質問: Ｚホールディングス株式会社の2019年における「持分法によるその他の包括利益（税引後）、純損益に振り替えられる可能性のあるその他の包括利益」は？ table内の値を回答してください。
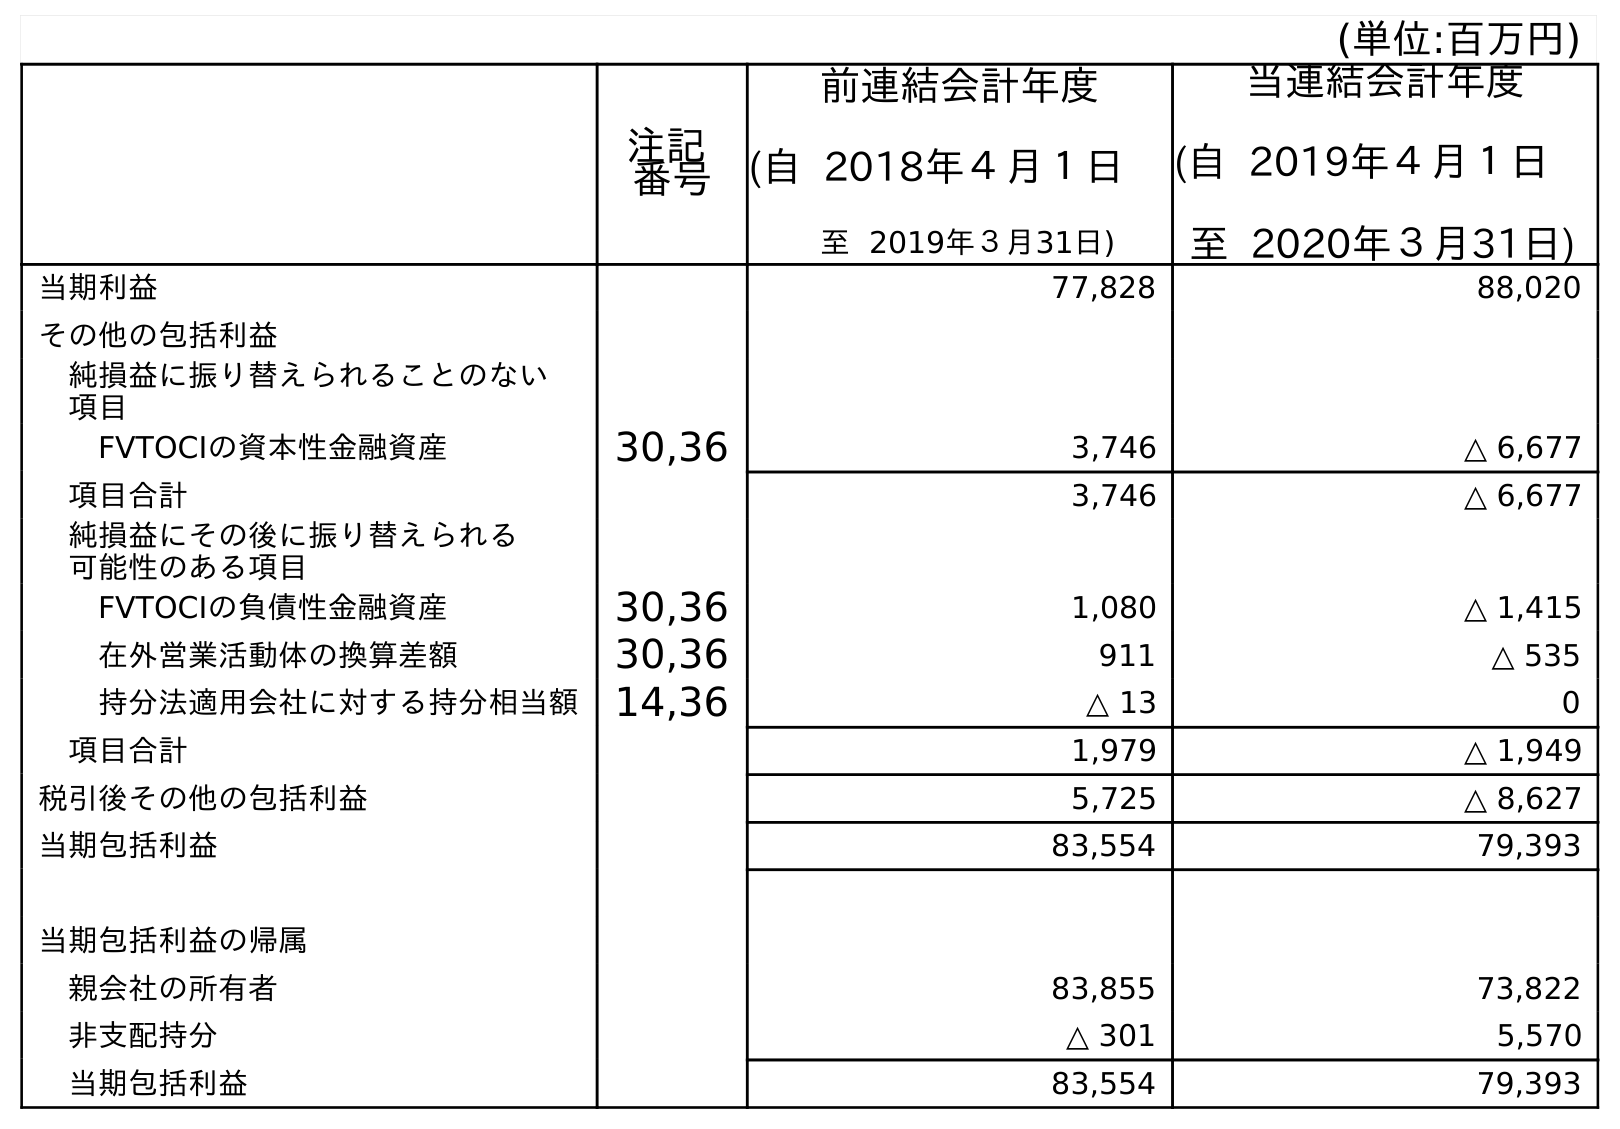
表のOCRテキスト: (単位:百万円) 注記 番号 前連結会計年度 (自 2018年４月１日 至 2019年３月31日) 当連結会計年度 (自 2019年４月１日 至 2020年３月31日) 当期利益 77,828 88,020 その他の包括利益 純損益に振り替えられることのない 項目 FVTOCIの資本性金融資産 30,36 3,746 △ 6,677 項目合計 3,746 △ 6,677 純損益にその後に振り替えられる 可能性のある項目 FVTOCIの負債性金融資産 30,36 1,080 △ 1,415 在外営業活動体の換算差額 30,36 911 △ 535 持分法適用会社に対する持分相当額 14,36 △ 13 0 項目合計 1,979 △ 1,949 税引後その他の包括利益 5,725 △ 8,627 当期包括利益 83,554 79,393 当期包括利益の帰属 親会社の所有者 83,855 73,822 非支配持分 △ 301 5,570 当期包括利益 83,554 79,393
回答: △13